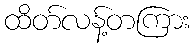
ထိတ်လန့်တကြား